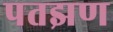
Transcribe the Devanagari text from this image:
पतझण